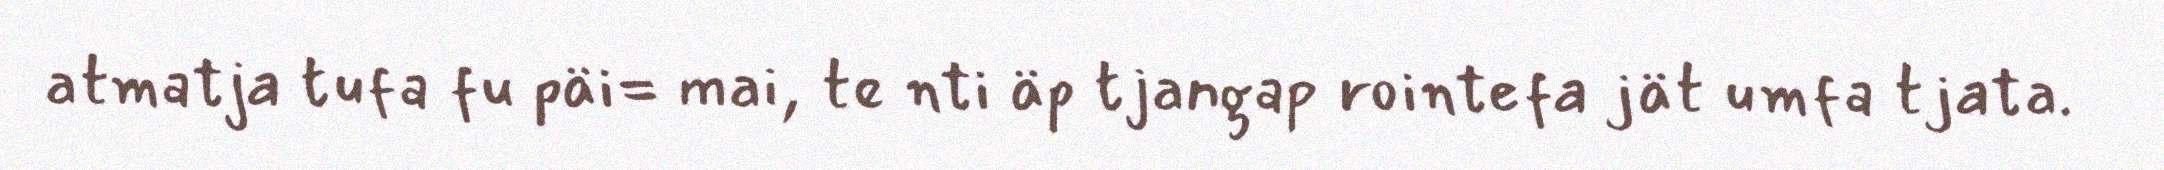
atmatja tufa fu päi= mai, te nti äp tjangap rointefa jät umfa tjata.